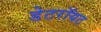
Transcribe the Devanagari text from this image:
डेटरॉयट